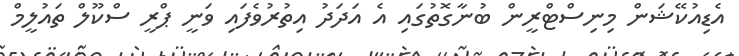
އެޑިއުކޭޝަން މިނިސްޓްރީން ބުނާގޮތުގައި އެ އަދަދު އިތުރުވެފައި ވަނީ ޕްރީ ސްކޫލް ތައުލީމް